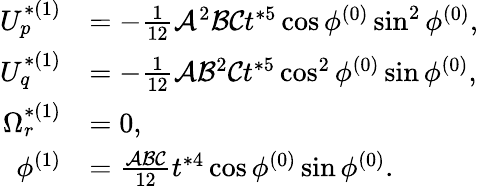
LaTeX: \begin{array}{rl}{U_{p}^{*(1)}}&{=-\frac{1}{12}\mathcal{A}^{2}\mathcal{B}\mathcal{C}t^{*5}\cos\phi^{(0)}\sin^{2}\phi^{(0)},}\\ {U_{q}^{*(1)}}&{=-\frac{1}{12}\mathcal{A}\mathcal{B}^{2}\mathcal{C}t^{*5}\cos^{2}\phi^{(0)}\sin\phi^{(0)},}\\ {\Omega_{r}^{*(1)}}&{=0,}\\ {\phi^{(1)}}&{=\frac{\mathcal{A}\mathcal{B}\mathcal{C}}{12}t^{*4}\cos\phi^{(0)}\sin\phi^{(0)}.}\end{array}